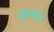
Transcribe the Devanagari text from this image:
हरना।